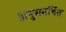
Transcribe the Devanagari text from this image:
अनुसमर्थित